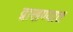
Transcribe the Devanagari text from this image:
द्वाखण्यात